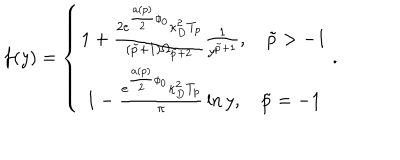
LaTeX: f ( y ) = \left\{ \begin{matrix} { { 1 + { \frac { 2 e ^ { { \frac { a ( p ) } { 2 } } \phi _ { 0 } } \kappa _ { D } ^ { 2 } T _ { p } } { ( \tilde { p } + 1 ) \Omega _ { \tilde { p } + 2 } } } { \frac { 1 } { y ^ { \tilde { p } + 1 } } } , \tilde { p } > - 1 } } \\ { { 1 - { \frac { e ^ { { \frac { a ( p ) } { 2 } } \phi _ { 0 } } \kappa _ { D } ^ { 2 } T _ { p } } { \pi } } \ln y , \tilde { p } = - 1 } } \\ \end{matrix} \right. .